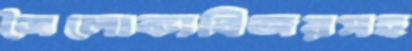
ত্রৈলোক্যবিজয়সহ